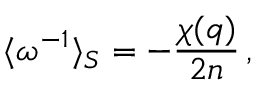
\langle \omega ^ { - 1 } \rangle _ { S } = - \frac { \chi ( \boldsymbol { q } ) } { 2 n } \, ,